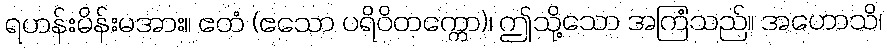
ရဟန်းမိန်းမအား။ ဧတံ (ဧသော ပရိဝိတက္ကော)၊ ဤသို့သော အကြံသည်။ အဟောသိ၊